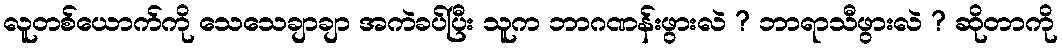
လူတစ်ယောက်ကို သေသေချာချာ အကဲခပ်ပြီး သူက ဘာဂဏန်းဖွားလဲ ? ဘာရာသီဖွားလဲ ? ဆိုတာကို